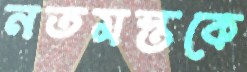
নতমস্তকে